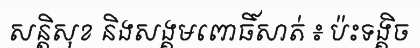
សន្តិសុខ និងសង្គមពោធិ៍សាត់ ៖ ប៉ះទង្គិច